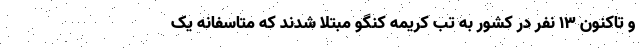
و تاکنون ۱۳ نفر در کشور به تب کریمه کنگو مبتلا شدند که متاسفانه یک